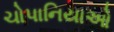
ચોપાનિયાઓ